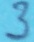
Text: 3